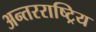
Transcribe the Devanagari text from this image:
अन्तरराष्ट्रिय